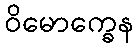
ဝိမောက္ခေန